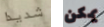
شديدا يمكن